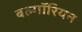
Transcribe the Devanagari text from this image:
बल्गॉरियन